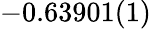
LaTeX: -0.63901(1)